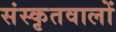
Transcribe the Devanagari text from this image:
संस्कृतवालों